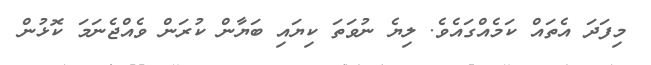
މިފަދަ އެތައް ކަމެއްގައެވެ. ލިޔެ ނުވަތަ ކިޔައި ބަޔާން ކުރަން ވެއްޖެނަމަ ކޮޅުން